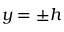
y = \pm h